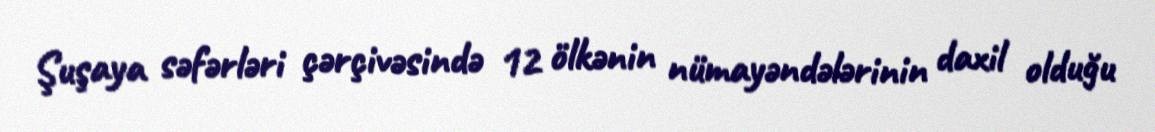
Şuşaya səfərləri çərçivəsində 12 ölkənin nümayəndələrinin daxil olduğu